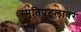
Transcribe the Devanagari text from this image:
स्मृतिपटलावर